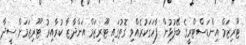
ޓޫރިޒަމް އިންޑަސްޓްރީގެ ބޭފުޅުން ފާހަގަކުރެއްވި ގޮތުގައި ޓޫރިޒަމް އަންދާޒާ ކުރާއިރު ޓޫރިޒަމަށް ސީދާ